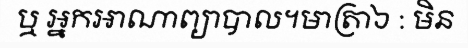
ឬ អ្នកអាណាព្យាបាល។មាត្រា៦ : មិន